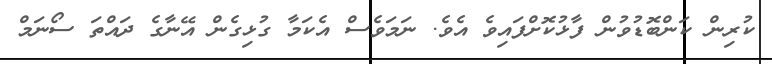
ކުރިން ކަންބޮޑުވުން ފާޅުކޮށްފައިވެ އެވެ. ނަމަވެސް އެކަމާ ގުޅިގެން އޭނާގެ ދައްތަ ސޯނަމް